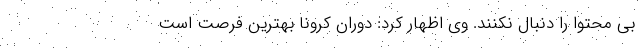
بی محتوا را دنبال نکنند. وی اظهار کرد: دوران کرونا بهترین فرصت است